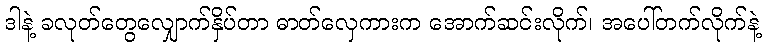
ဒါနဲ့ ခလုတ်တွေလျှောက်နှိပ်တာ ဓာတ်လှေကားက အောက်ဆင်းလိုက်၊ အပေါ်တက်လိုက်နဲ့